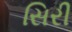
સિરી